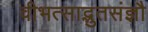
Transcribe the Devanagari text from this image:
वीभत्साद्भुतसंज्ञौ